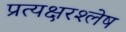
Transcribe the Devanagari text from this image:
प्रत्यक्षरश्लेष